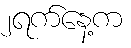
၂ရက်နေ့က